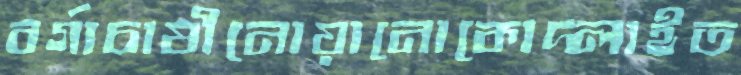
বর্গাচাষীনোয়ানোকোদ্‌লাইত